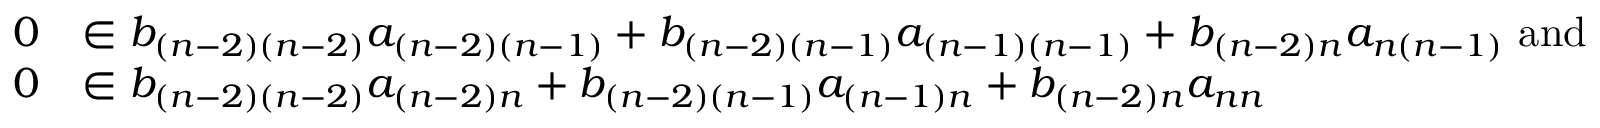
\begin{array} { r l } { 0 } & { \in b _ { ( n - 2 ) ( n - 2 ) } a _ { ( n - 2 ) ( n - 1 ) } + b _ { ( n - 2 ) ( n - 1 ) } a _ { ( n - 1 ) ( n - 1 ) } + b _ { ( n - 2 ) n } a _ { n ( n - 1 ) } \mathrm { ~ a n d ~ } } \\ { 0 } & { \in b _ { ( n - 2 ) ( n - 2 ) } a _ { ( n - 2 ) n } + b _ { ( n - 2 ) ( n - 1 ) } a _ { ( n - 1 ) n } + b _ { ( n - 2 ) n } a _ { n n } } \end{array}